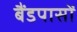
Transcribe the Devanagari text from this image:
बैंडपासों